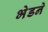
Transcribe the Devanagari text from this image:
भेडने